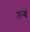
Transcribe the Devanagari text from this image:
अन्बे